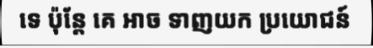
ទេ ប៉ុន្តែ គេ អាច ទាញយក ប្រយោជន៍